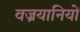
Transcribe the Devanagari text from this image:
वज्रयानियों